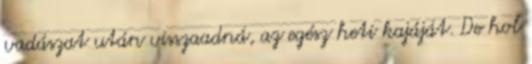
vadászat után visszaadná, az egész heti kajáját. De hol